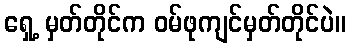
ရှေ့ မှတ်တိုင်က ဝမ်ဖုကျင်မှတ်တိုင်ပဲ။